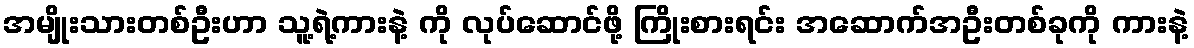
အမျိုးသားတစ်ဦးဟာ သူ့ရဲ့ကားနဲ့ ကို လုပ်ဆောင်ဖို့ ကြိုးစားရင်း အဆောက်အဦးတစ်ခုကို ကားနဲ့